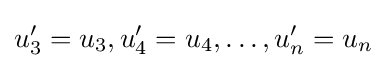
u'_{3}=u_{3},u'_{4}=u_{4},\dots ,u'_{n}=u_{n}